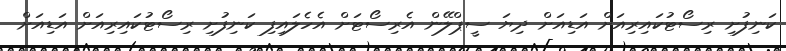
ކަނިފުށި ރިސޯޓުކައިރިއަށް އަޑިއަށް ދިޔަ ސީޕްލޭން އެރިސޯޓަށް އެހެލައިފި ކަނިފުށި ރިސޯޓުކައިރިއަށް އަޑިއަށް